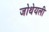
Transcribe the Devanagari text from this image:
जोथेयली